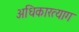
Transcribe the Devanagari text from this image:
अधिकारत्याग